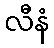
လီနံ